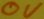
Text: 0V